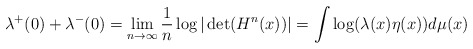
\begin{align*}\lambda\sp+(0)+\lambda\sp-(0)=\lim_{n\to\infty}\frac{1}{n}\log|\det(H\sp n(x))|=\int\log(\lambda(x)\eta(x))d\mu(x)\end{align*}